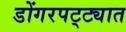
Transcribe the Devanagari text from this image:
डोंगरपट्ट्यात